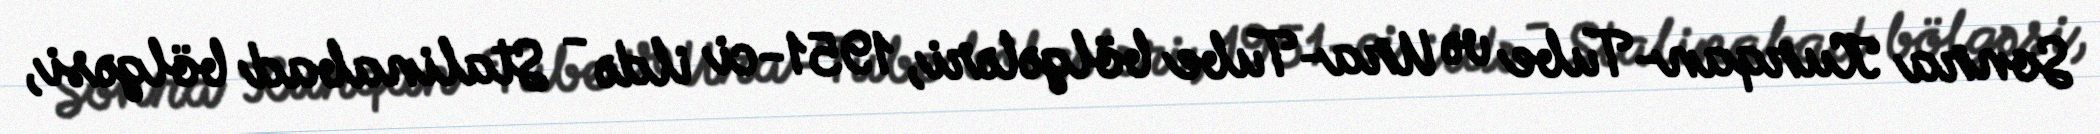
Sonra Kurqan-Tube və Ura-Tube bölgələri, 1951-ci ildə - Stalinabad bölgəsi,